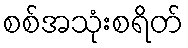
စစ်အသုံးစရိတ်